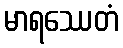
မာရဿေတံ